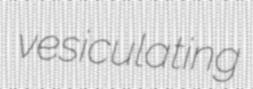
vesiculating